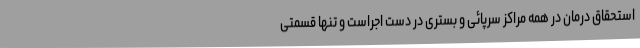
استحقاق درمان در همه مراکز سرپائی و بستری در دست اجراست و تنها قسمتی